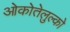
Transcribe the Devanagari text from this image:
ओकोतेलुल्को